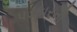
પડકારનો